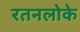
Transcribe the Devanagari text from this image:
रतनलोके